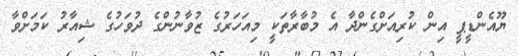
ޔޫއެންޑީޕީ އިން ކުރިއަށްގެންދާ އެ މުބާރާތަކީ މިއަހަރުގެ ޒުވާނުންގެ ދުވަހުގެ ޝިއާރު ކަމަށްވާ